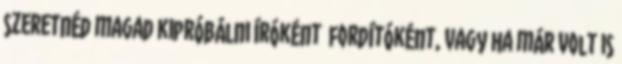
szeretnéd magad kipróbálni íróként fordítóként, vagy ha már volt is